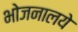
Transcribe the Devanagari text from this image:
भोजनालये